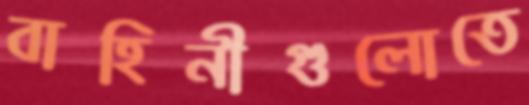
বাহিনীগুলোতে